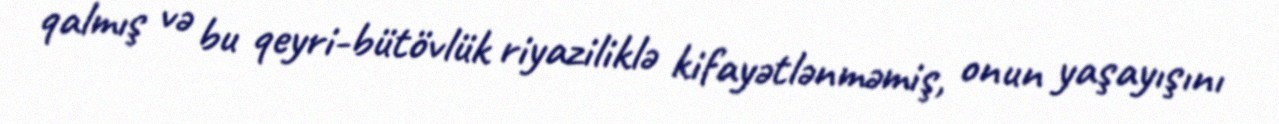
qalmış və bu qeyri-bütövlük riyaziliklə kifayətlənməmiş, onun yaşayışını